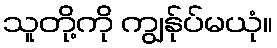
သူတို့ကို ကျွန်ုပ်မယုံ။